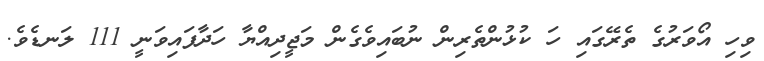
ވިހި އޯވަރުގެ ތެރޭގައި ހަ ކުޅުންތެރިން ނުބައިވެގެން މަޖީދިއްޔާ ހަދާފައިވަނީ 111 ލަނޑެވެ.